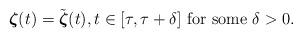
LaTeX: \begin{align*}\boldsymbol{\zeta}(t) = {\tilde{\boldsymbol{\zeta}}}(t), t \in [\tau,\tau+\delta] \mbox{ for some } \delta > 0.\end{align*}